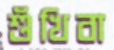
শুঁখিবা